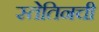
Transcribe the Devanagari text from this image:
स्तेतिनची